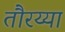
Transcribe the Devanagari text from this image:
तौरय्या